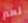
نعم